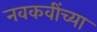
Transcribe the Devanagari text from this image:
नवकवींच्या